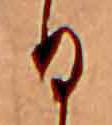
日